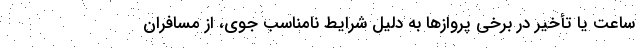
ساعت یا تأخیر در برخی پروازها به دلیل شرایط نامناسب جوی، از مسافران